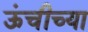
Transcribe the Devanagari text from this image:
ऊंचीच्या